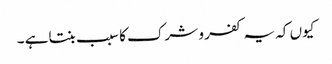
کیوں کہ یہ کفر و شرک کا سبب بنتاہے ۔